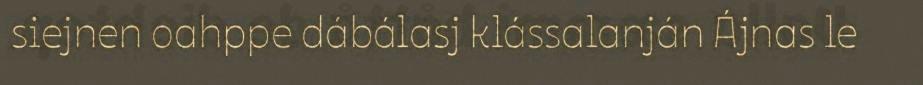
siejnen oahppe dábálasj klássalanján Ájnas le